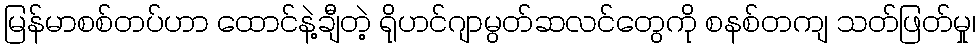
မြန်မာစစ်တပ်ဟာ ထောင်နဲ့ချီတဲ့ ရိုဟင်ဂျာမွတ်ဆလင်တွေကို စနစ်တကျ သတ်ဖြတ်မှု၊